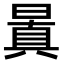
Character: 𣉮